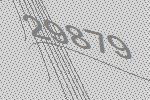
29879